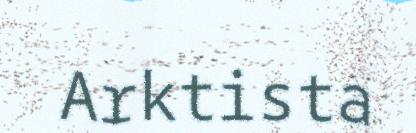
Arktista